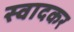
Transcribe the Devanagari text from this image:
स्वादकर